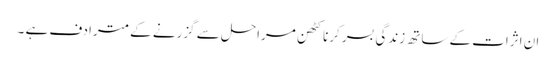
ان اثرات کے ساتھ زندگی بسر کرنا کٹھن مراحل سے گزرنے کے مترادف ہے ۔